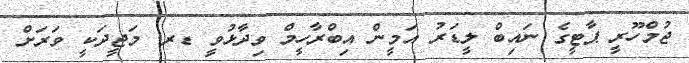
ޖުމްހޫރީ ޕާޓީގެ ނައިބް ލީޑަރު އަމީން އިބްރާހީމް ވިދާޅުވީ ޑރ. މަޖީދަކީ ވަރަށް